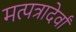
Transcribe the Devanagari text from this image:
मत्पत्रादेर्वां